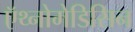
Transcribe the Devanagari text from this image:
ऍथ्नोमेडिसिन